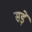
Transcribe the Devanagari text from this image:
सड़ें